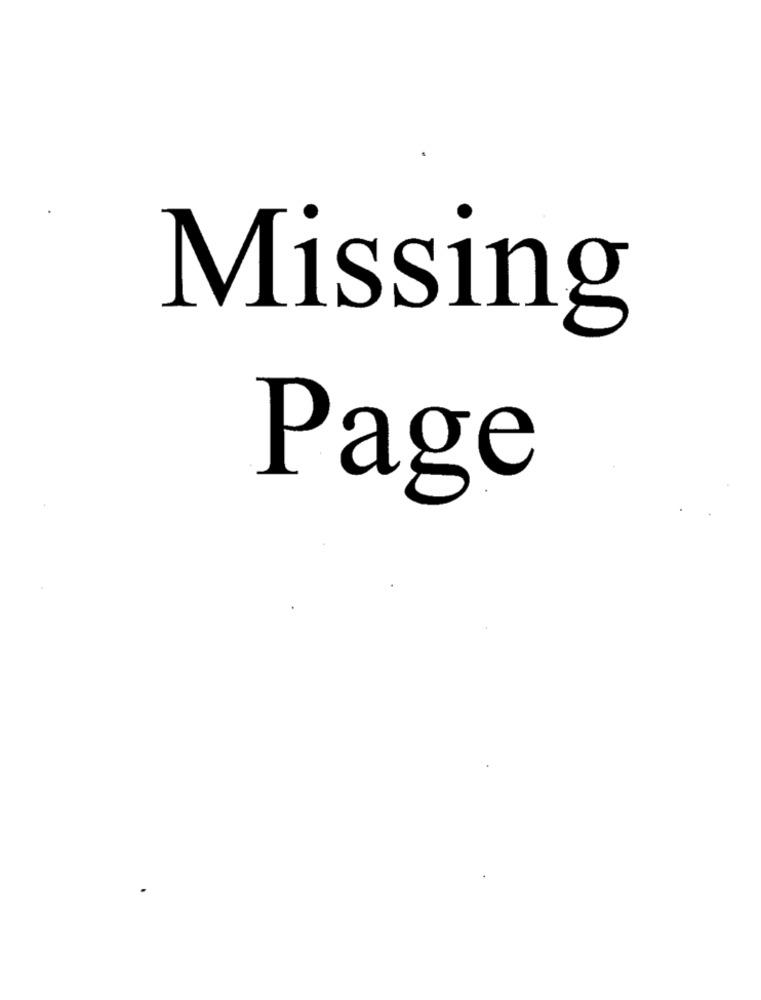
Missing
Page